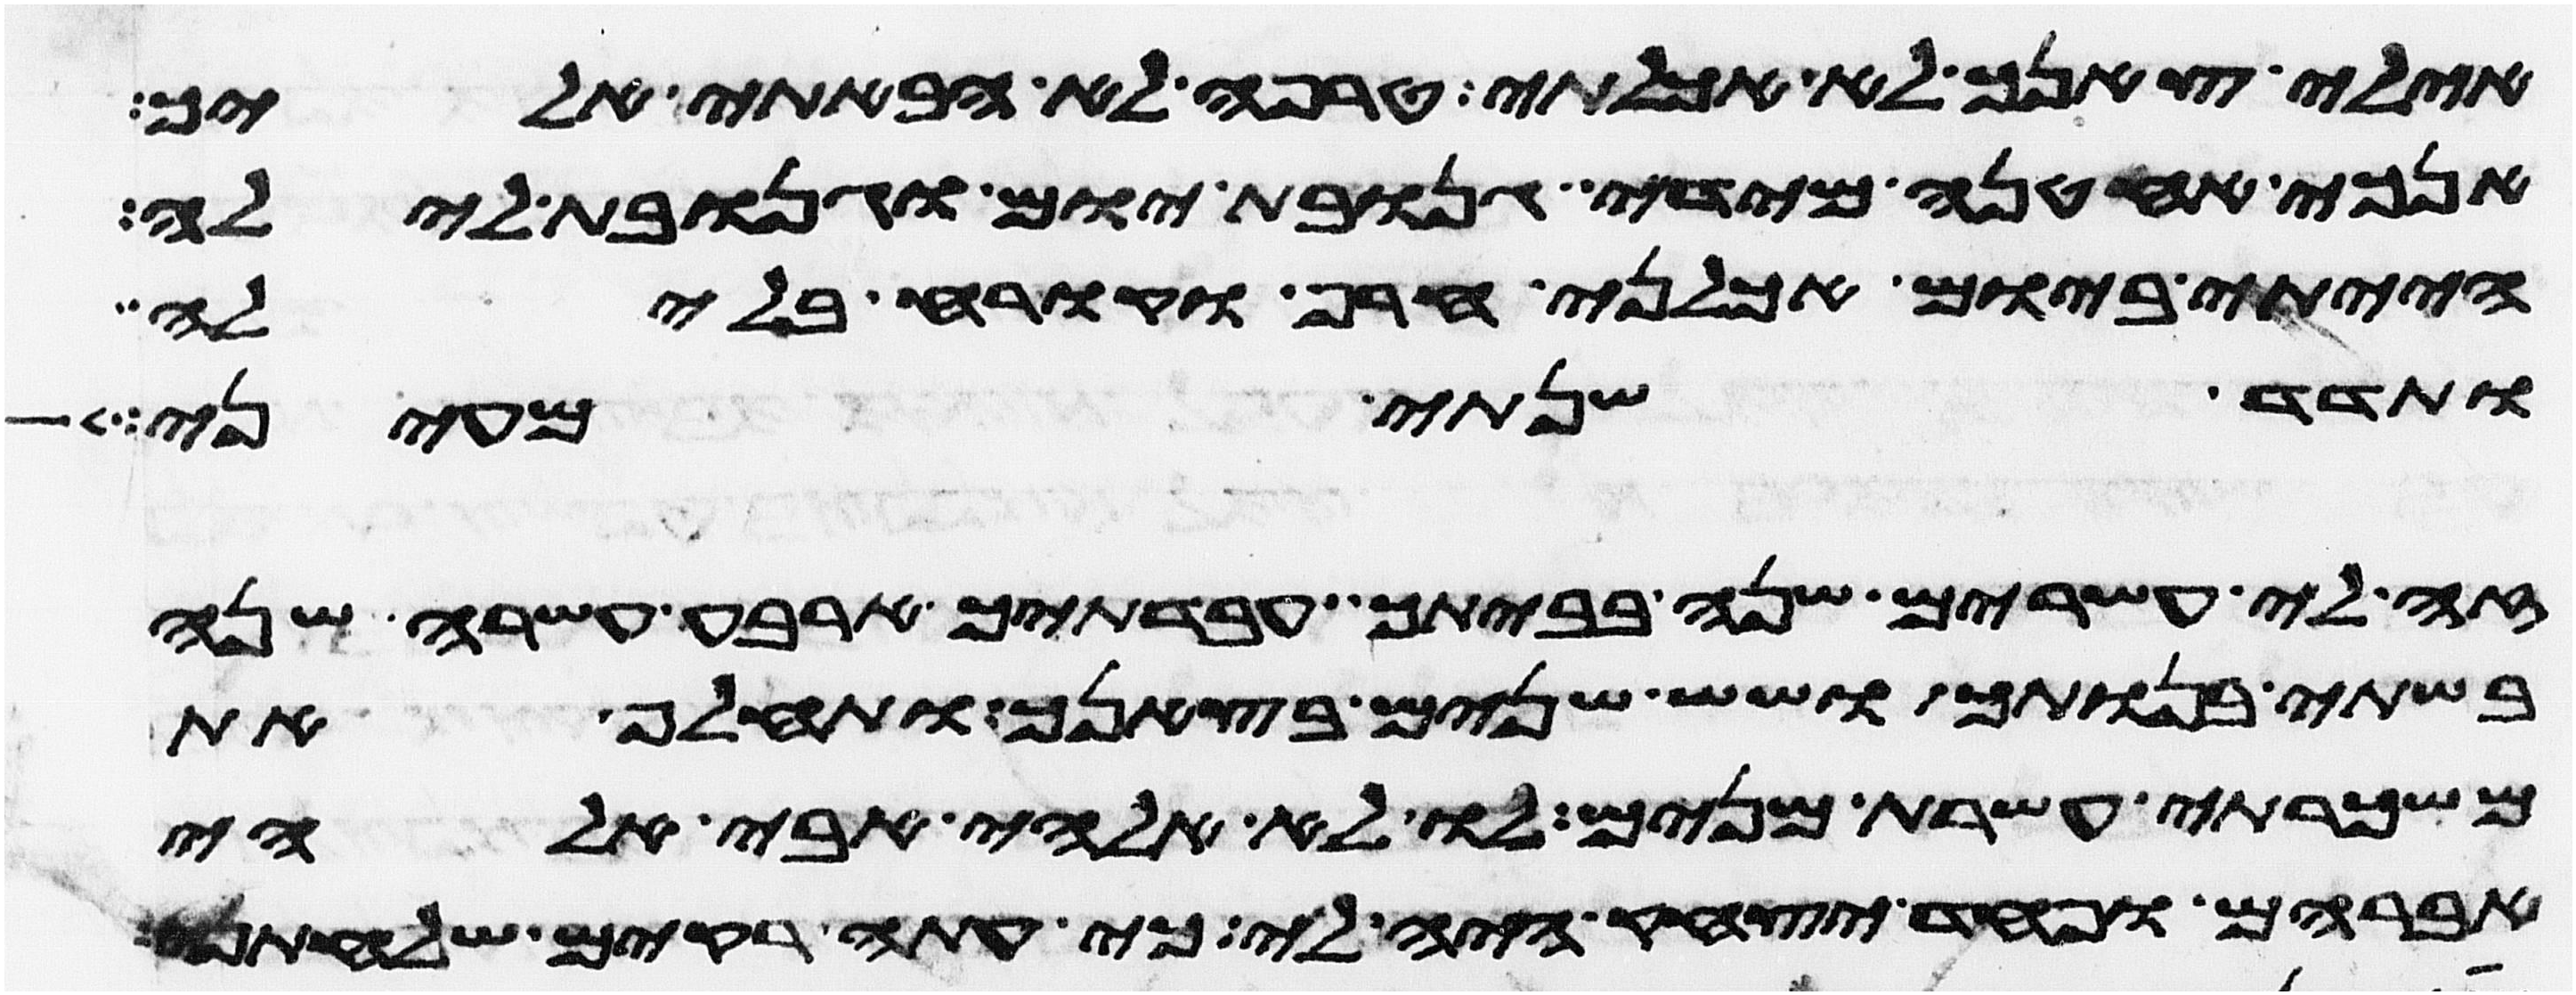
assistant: אילי צאנך לא אכלתי טרפה לא הבאתי אליך
אנכי אחטנה מידי גנובת יום וגנובת לילה
הייתי ביום אכלני חרף וקרח בלילה
ותדד שנתי מעיני
זה לי עשרים שנה בביתך עבדתיך ארבע עשרה שנה
בשתי בנותך ושש שנים בצאנך ותחלף את
משכרתי עשרת מנים לו לא אלהי אבי אלהי
אברהם ופחד יצחק היה לי כי עתה ריקם שלחתני